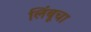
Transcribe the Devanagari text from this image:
लिंबूचा